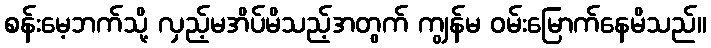
စန်းမေ့ဘက်သို့ လှည့်မအိပ်မိသည့်အတွက် ကျွန်မ ဝမ်းမြောက်နေမိသည်။